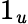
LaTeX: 1_{\mathit{u}}